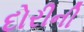
દોરીની